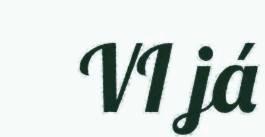
VI já